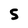
Character: 5